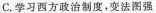
C.学习西方政治制度，变法图强